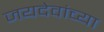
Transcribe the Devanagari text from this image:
जयदेवांच्या